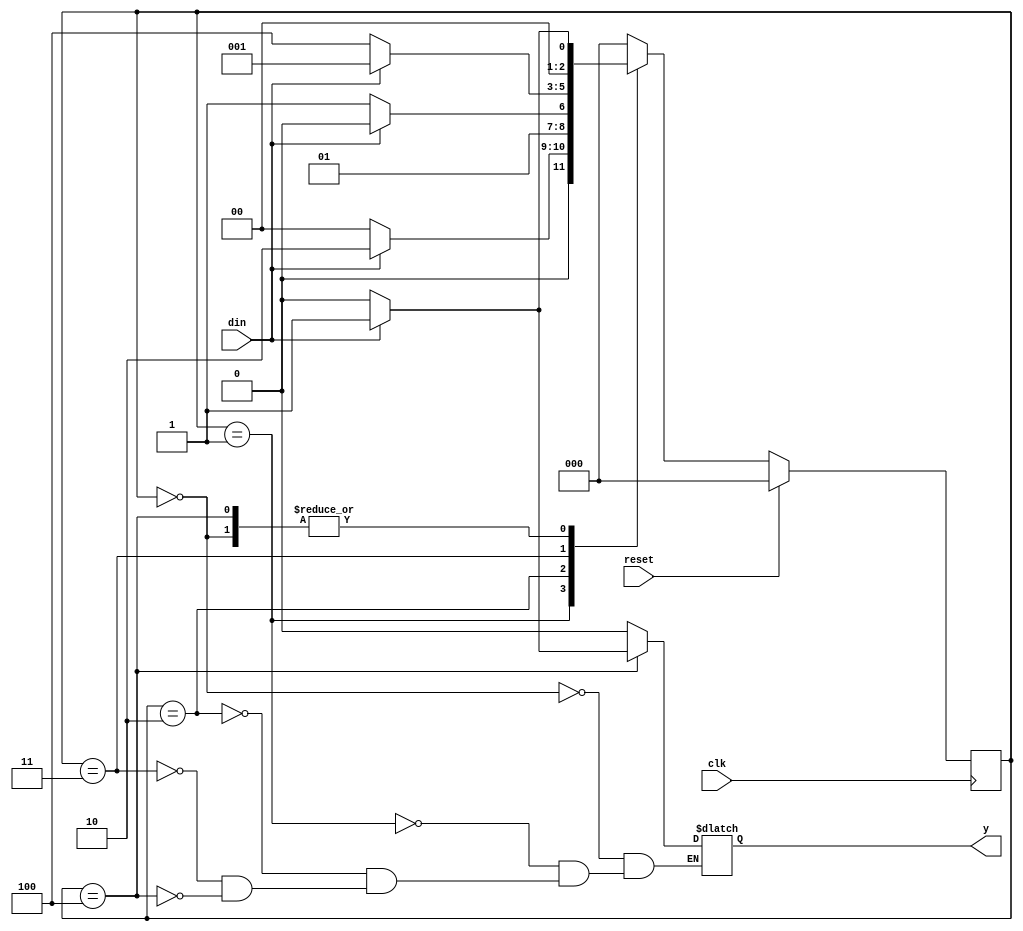
`timescale 1ns / 1ps

module fsm_11001(
	input din,clk,reset,
	output reg y
	);
	reg[2:0] cst, nst;	
	parameter S0=3'b000,
		      S1=3'b001,
              S2=3'b010,
              S3=3'b011,
              S4=3'b100;
				 
	always@ (posedge clk)
	begin
		if(reset)
			cst<=S0;
		else
			cst<=nst;
	end
	
	always @(cst or din)
	begin
		case(cst)
			S0: if(din==1'b1)
					begin
						nst<=S1;
						y<=1'b0;
					end
				 else
					begin
						nst<=S0;
						y<=1'b0;
					end
				
			S1: if(din==1'b1)
					begin
						nst<=S2;
						y<=1'b0;
					end
				 else
					begin
						nst<=S0;
						y<=1'b0;
					end
					
			S2: if(din==1'b1)
					begin
						nst<=S2;
						y<=1'b0;
					end
				 else
					begin
						nst<=S3;
						y<=1'b0;
					end
					
			S3: if(din==1'b1)
					begin
						nst<=S1;
						y<=1'b0;
					end
				 else
					begin
						nst=S4;
						y=1'b0;
					end
					
            S4: if(din==1'b1)
					begin
						nst<=S1;
						y<=1'b1;
					end
				 else
					begin
						nst<=S0;
						y<=1'b0;
					end           
					
		default: nst<=S0;
		endcase
	end
endmodule